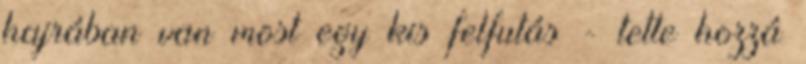
hajrában van most egy kis felfutás - tette hozzá